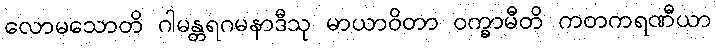
လောမသောတိ ဂါမန္တရဂမနာဒီသု မာယာဝိတာ ဝက္ခာမီတိ ကတကရဏီယာ